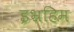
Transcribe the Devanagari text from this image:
इभ्रहिम